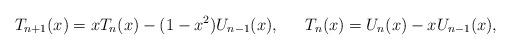
LaTeX: \begin{align*}T_{n+1}(x) &= xT_n(x) - (1 - x^2)U_{n-1}(x), &T_n(x) &= U_n(x) - x U_{n-1}(x),\end{align*}